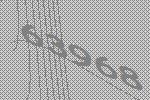
63968